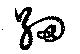
紐